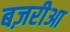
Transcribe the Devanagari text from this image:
बज़रीआ